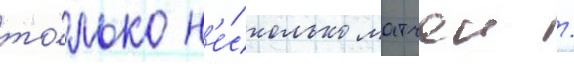
то́лько н'е́сколько матчеи /